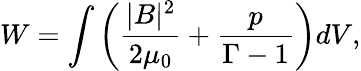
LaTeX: W=\int\left(\frac{|B|^{2}}{2\mu_{0}}+\frac{p}{\Gamma-1}\right)dV,